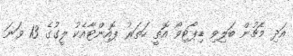
އަދި މެޗުން ބަލިވި ޑިޕޯޓިވޯ އޮތީ ހަތަރު ޕޮއިންޓާއެކު ލީގުގެ 13 ވަނަ